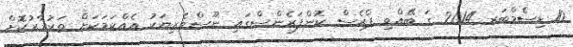
10 ޑިސެމްބަރ 2014 ގަ ބޭއްވި ޕްރެސް ކޮންފަރެންސްގައި ނޫސްވެރިޔަކު އެއްކަމަކަށް ތަކުރާރުކޮށް